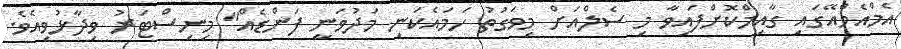
އެމްއެމްއޭގައި ގާއިމްކޮށްފައިވާ މި ސެލްއަށް މިވަގުތު ހަމައެކަނި މަދުވަނީ ފަންޑެއް" މިނިސްޓަރު ވިދާޅުވިއެވެ.